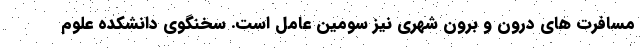
مسافرت های درون و برون شهری نیز سومین عامل است. سخنگوی دانشکده علوم